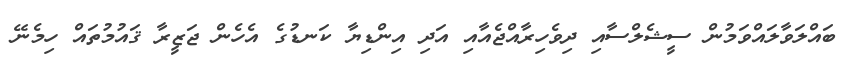
ބައްލަވާލައްވަމުން ސީޝެލްސާއި ދިވެހިރާއްޖެއާއި އަދި އިންޑިޔާ ކަނޑުގެ އެހެން ޖަޒީރާ ޤައުމުތައް ހިމެނޭ